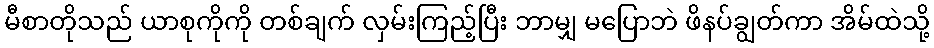
မီစာတိုသည် ယာစုကိုကို တစ်ချက် လှမ်းကြည့်ပြီး ဘာမျှ မပြောဘဲ ဖိနပ်ချွတ်ကာ အိမ်ထဲသို့